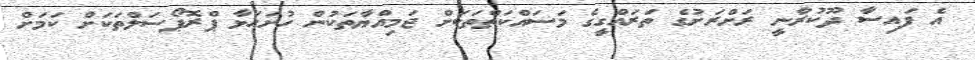
އެ ފައިސާ ދޫކުރާނީ ރަށްރަށުގެ ތަރައްގީގެ މަސައްކަތްތަކަށް ޖަމިއްޔާތަކުން ހުށަހަޅާ ޕްރޮޕޯސަލްތަކަށް ކަމަށް